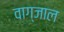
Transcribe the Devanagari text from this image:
वाग्जाल